Riigikantselei, lk 47
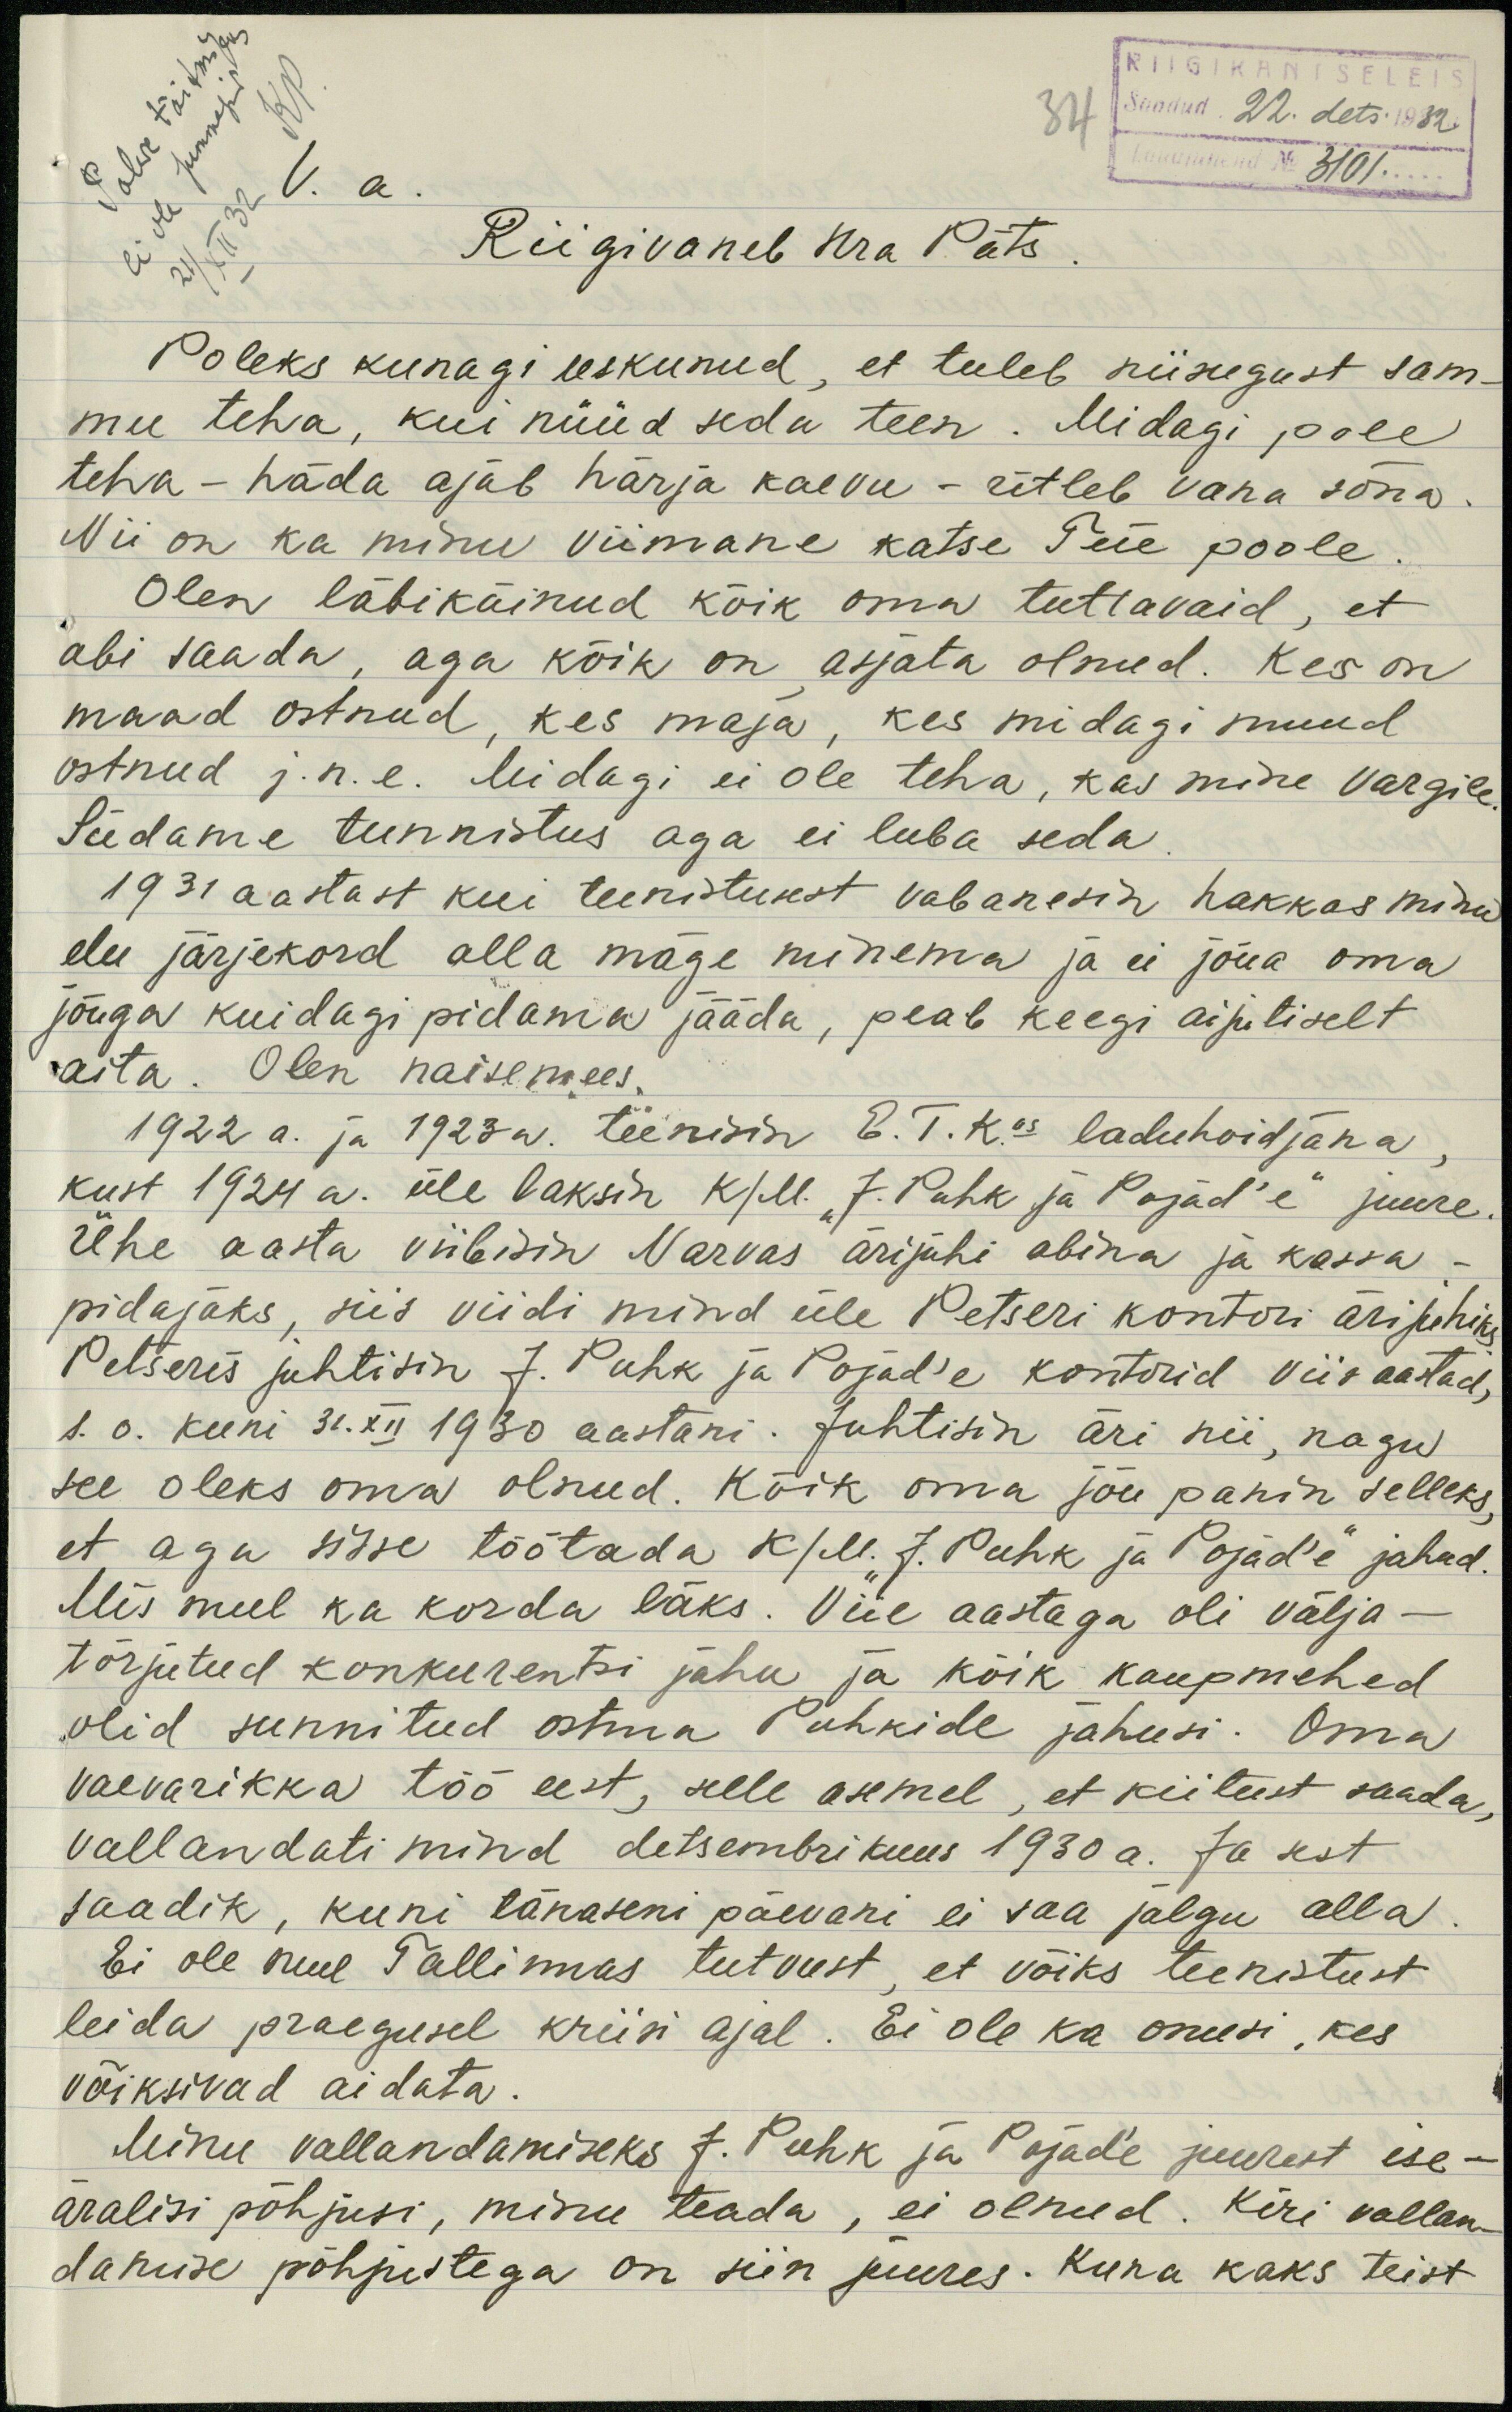
RIIGIKANTSELEIS
34
Saadud 22. dets. 1932.
Lauajuhend No 3101
Riigivanem Hra Päts
Poleks kunagi uskunud, et tuleb niisugust sam-
mu teha, kui nüüd seda teen. Midagi pole
teha - häda ajab härja kaevu - ütleb vana sõna.
Nii on ka minu viimane katse Teie poole.
Olen läbikäinud kõik oma tuttavaid, et
abi saada, aga kõik on asjata olnud. Kes on
maad ostnud, kes maja, kas midagi muud.
ostnud j.n.e. Midagi ei ole teha, kas mine Vargile
Südame tunnistus aga ei luba seda
1931 aastast kui teenistusest vabanesin hakkas minu
elu järjekord alla mäge minema ja ei jõua oma
jõuga kuidagi pidama jääda, peab keegi aijutiselt
aita. Olen naisemees.
1922 a. ja 1923a. teenisin E. T. K.'us laduhoidjana
kust 1922 a. üle läksin k/M. "J. Puhk ja Pojad'e" juure.
Ühe aasta viibisin Narvas ärijuhi abina ja kassa-
pidajaks, siis viidi mind üle Petseri kontori ärijuhiks
Petseris juhtisin J. Puhk ja Pojad'e kontorid viis aastad,
s.o. kuni 31. XII 1930 aastani. Juhtisin äri nii, nagu
see oleks oma olnud. Kõik oma jõu panin selleks,
et aga sisse töötada k/M. J. Puhk ja Pojad'e jahud.
Mis mul ka korda läks. Viie aastaga oli välja -
tõrjutud konkurentsi jahu ja kõik kaupmehed
olid sunnitud ostma Puhkide jahusi. Oma
vaevarikka töö eest, selle asemel, et kiitust saada,
vallandati mind detsembrikuus 1930 a. Ja sest
saadik, kuni tänaseni päevani ei saa jalgu alla
Ei ole mul Tallinnas tutvust, et võiks teenistust
leida praegusel kriisi ajal. Ei ole ka onusi, kes
võiksivad aidata.
Minu vallandamiseks J. Puhk ja Põjade juurest ise-
äralisi põhjusi, minu teada, ei olnud. Kiri vallan-
damise põhjustega on siin juures. Kuna kaks teist